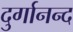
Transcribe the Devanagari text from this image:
दुर्गानन्द